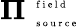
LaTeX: \boldsymbol{\Pi}_{\mathrm{~\tiny~{~s~o~u~r~c~e~}~}}^{\mathrm{~\tiny~{~f~i~e~l~d~}~}}